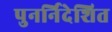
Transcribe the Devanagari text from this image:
पुनर्निदेशित